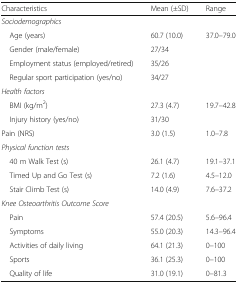
<table><thead><tr><td><b>Characteristics</b></td><td><b>Mean (±SD)</b></td><td><b>Range</b></td></tr></thead><tbody><tr><td colspan="3"><i>Sociodemographics</i></td></tr><tr><td> Age (years)</td><td>60.7 (10.0)</td><td>37.0–79.0</td></tr><tr><td> Gender (male/female)</td><td>27/34</td><td></td></tr><tr><td> Employment status (employed/retired)</td><td>35/26</td><td></td></tr><tr><td> Regular sport participation (yes/no)</td><td>34/27</td><td></td></tr><tr><td colspan="3"><i>Health factors</i></td></tr><tr><td> BMI (kg/m<sup>2</sup>)</td><td>27.3 (4.7)</td><td>19.7–42.8</td></tr><tr><td> Injury history (yes/no)</td><td>31/30</td><td></td></tr><tr><td>Pain (NRS)</td><td>3.0 (1.5)</td><td>1.0–7.8</td></tr><tr><td colspan="3"><i>Physical function tests</i></td></tr><tr><td> 40 m Walk Test (s)</td><td>26.1 (4.7)</td><td>19.1–37.1</td></tr><tr><td> Timed Up and Go Test (s)</td><td>7.2 (1.6)</td><td>4.5–12.0</td></tr><tr><td> Stair Climb Test (s)</td><td>14.0 (4.9)</td><td>7.6–37.2</td></tr><tr><td colspan="3"><i>Knee Osteoarthritis Outcome Score</i></td></tr><tr><td> Pain</td><td>57.4 (20.5)</td><td>5.6–96.4</td></tr><tr><td> Symptoms</td><td>55.0 (20.3)</td><td>14.3–96.4</td></tr><tr><td> Activities of daily living</td><td>64.1 (21.3)</td><td>0–100</td></tr><tr><td> Sports</td><td>36.1 (25.3)</td><td>0–100</td></tr><tr><td> Quality of life</td><td>31.0 (19.1)</td><td>0–81.3</td></tr></tbody></table>